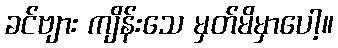
ခင်ဗျား ကျိန်းသေ မှတ်မိမှာပေါ့။